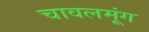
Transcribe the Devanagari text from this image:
चावलमूंग